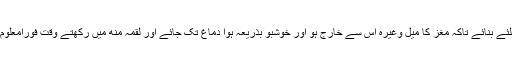
ناک کے سوراخ نیچے کی طرف اِسلئے بنائے تاکہ مغز کا میل وغیرہ اس سے خارج ہو اور خوشبو بذریعہ ہوا دماغ تک جائے اور لقمہ منھ میں رکھتے وقت فورًامعلوم ہو جائے کہ غذا کثیف ہے یا لطیف۔